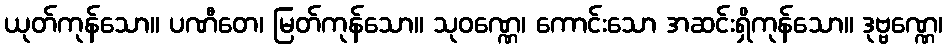
ယုတ်ကုန်သော။ ပဏီတေ၊ မြတ်ကုန်သော။ သုဝဏ္ဏေ၊ ကောင်းသော အဆင်းရှိကုန်သော။ ဒုဗ္ဗဏ္ဏေ၊